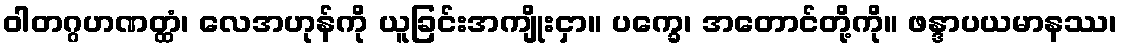
ဝါတဂ္ဂဟဏတ္ထံ၊ လေအဟုန်ကို ယူခြင်းအကျိုးငှာ။ ပက္ခေ၊ အတောင်တို့ကို။ ဖန္ဒာပယမာနဿ၊